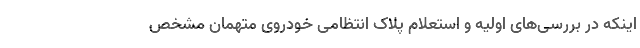
اینکه در بررسی‌های اولیه و استعلام پلاک انتظامی خودروی متهمان مشخص